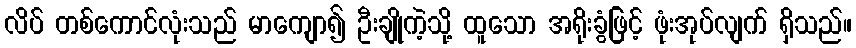
လိပ် တစ်ကောင်လုံးသည် မာကျော၍ ဦးချိုကဲ့သို့ ထူသော အရိုးခွံဖြင့် ဖုံးအုပ်လျက် ရှိသည်။